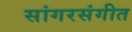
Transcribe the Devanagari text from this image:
सांगरसंगीत